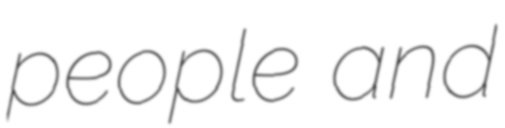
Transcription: people and